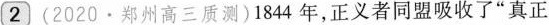
2、(2020·郑州高三质测)1844年，正义者同盟吸收了”真正